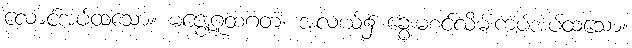
လောင်အပ်ထသော။ မဇ္ဈေဂူထဂတံ၊ အလယ်၌ ခွေးမစင်လိမ်းကပ်အပ်ထသော။